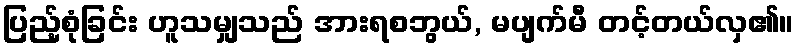
ပြည့်စုံခြင်း ဟူသမျှသည် အားရစဘွယ်, မပျက်မီ တင့်တယ်လှ၏။